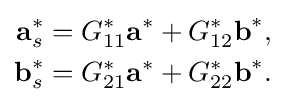
{\begin{aligned}{\textbf {a}}_{s}^{*}&=G_{11}^{*}{\textbf {a}}^{*}+G_{12}^{*}{\textbf {b}}^{*},\\{\textbf {b}}_{s}^{*}&=G_{21}^{*}{\textbf {a}}^{*}+G_{22}^{*}{\textbf {b}}^{*}.\end{aligned}}